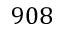
9 0 8